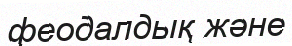
феодалдық және